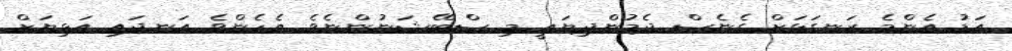
އަޑު އެންމެ ރަނގަޅަށް ގެނެސް ދެމުންދިޔައީ މި ސްޓޭޝަނުންނެވެ. އެހެންވެ އަނދައި އަޅިޔަށް